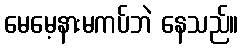
မေမေ့နားမကပ်ဘဲ နေသည်။